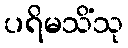
ပရိမသိံသု